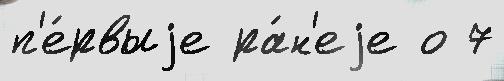
п'е́рвыjе ра́н'еjе о 7